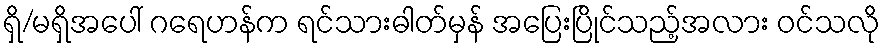
ရှိ/မရှိအပေါ် ဂရေဟန်က ရင်သားဓါတ်မှန် အပြေးပြိုင်သည့်အလား ဝင်သလို